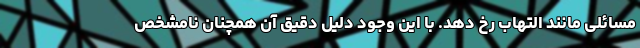
مسائلی مانند التهاب رخ دهد. با این وجود دلیل دقیق آن همچنان نامشخص